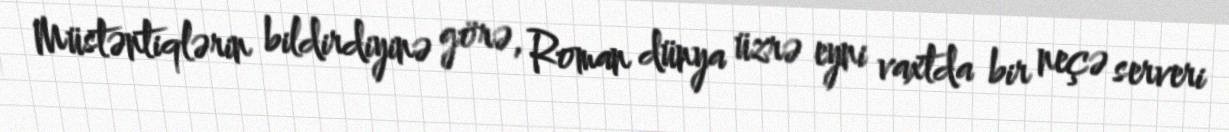
Müstəntiqlərin bildirdiyinə görə, Roman dünya üzrə eyni vaxtda bir neçə serveri